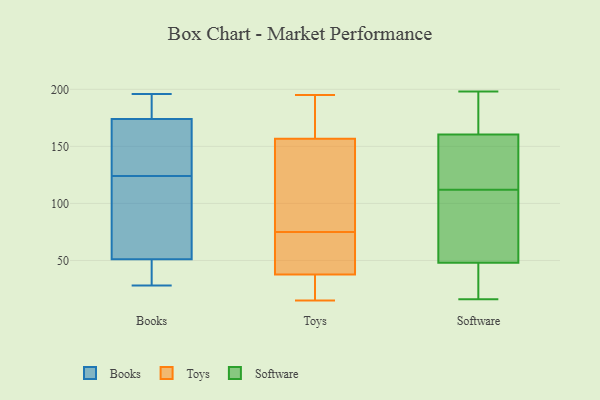
{"axis": {"x": "Tickets Resolved", "y": "Value"}, "legend": ["Books", "Software", "Toys"], "data": [{"x": "", "y": 150, "type": "Books"}, {"x": "", "y": 196, "type": "Books"}, {"x": "", "y": 28, "type": "Books"}, {"x": "", "y": 31, "type": "Books"}, {"x": "", "y": 85, "type": "Books"}, {"x": "", "y": 174, "type": "Books"}, {"x": "", "y": 190, "type": "Books"}, {"x": "", "y": 51, "type": "Books"}, {"x": "", "y": 112, "type": "Books"}, {"x": "", "y": 136, "type": "Books"}, {"x": "", "y": 152, "type": "Toys"}, {"x": "", "y": 195, "type": "Toys"}, {"x": "", "y": 65, "type": "Toys"}, {"x": "", "y": 91, "type": "Toys"}, {"x": "", "y": 42, "type": "Toys"}, {"x": "", "y": 15, "type": "Toys"}, {"x": "", "y": 75, "type": "Toys"}, {"x": "", "y": 23, "type": "Toys"}, {"x": "", "y": 171, "type": "Toys"}, {"x": "", "y": 189, "type": "Toys"}, {"x": "", "y": 57, "type": "Toys"}, {"x": "", "y": 25, "type": "Toys"}, {"x": "", "y": 93, "type": "Toys"}, {"x": "", "y": 96, "type": "Software"}, {"x": "", "y": 54, "type": "Software"}, {"x": "", "y": 170, "type": "Software"}, {"x": "", "y": 112, "type": "Software"}, {"x": "", "y": 125, "type": "Software"}, {"x": "", "y": 69, "type": "Software"}, {"x": "", "y": 54, "type": "Software"}, {"x": "", "y": 169, "type": "Software"}, {"x": "", "y": 46, "type": "Software"}, {"x": "", "y": 18, "type": "Software"}, {"x": "", "y": 198, "type": "Software"}, {"x": "", "y": 39, "type": "Software"}, {"x": "", "y": 192, "type": "Software"}, {"x": "", "y": 16, "type": "Software"}, {"x": "", "y": 162, "type": "Software"}, {"x": "", "y": 145, "type": "Software"}, {"x": "", "y": 156, "type": "Software"}, {"x": "", "y": 122, "type": "Software"}, {"x": "", "y": 41, "type": "Software"}]}